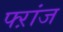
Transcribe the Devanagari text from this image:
फ्ऱांज